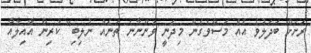
ރަށަށް ބަދަލުވެ އެއް މަސްވެގެން މިދަނީ ވަންނާނެ ތަނެއް ނުލިބި" ކުރިން އާއިލާއާ